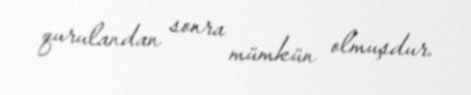
qurulandan sonra mümkün olmuşdur.